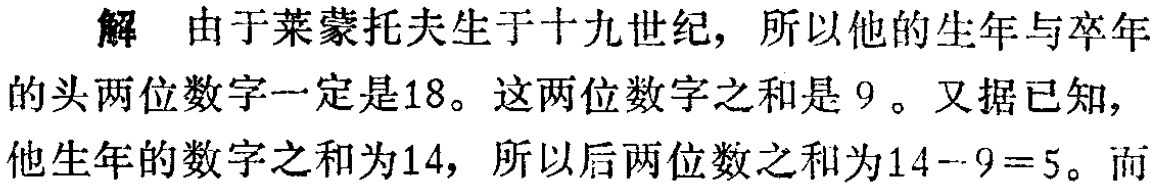
解 由于莱蒙托夫生于十九世纪，所以他的生年与卒年的头两位数字一定是18。这两位数字之和是 9 。又据已知，他生年的数字之和为14，所以后两位数之和为14--9=5。而